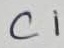
Text: C1